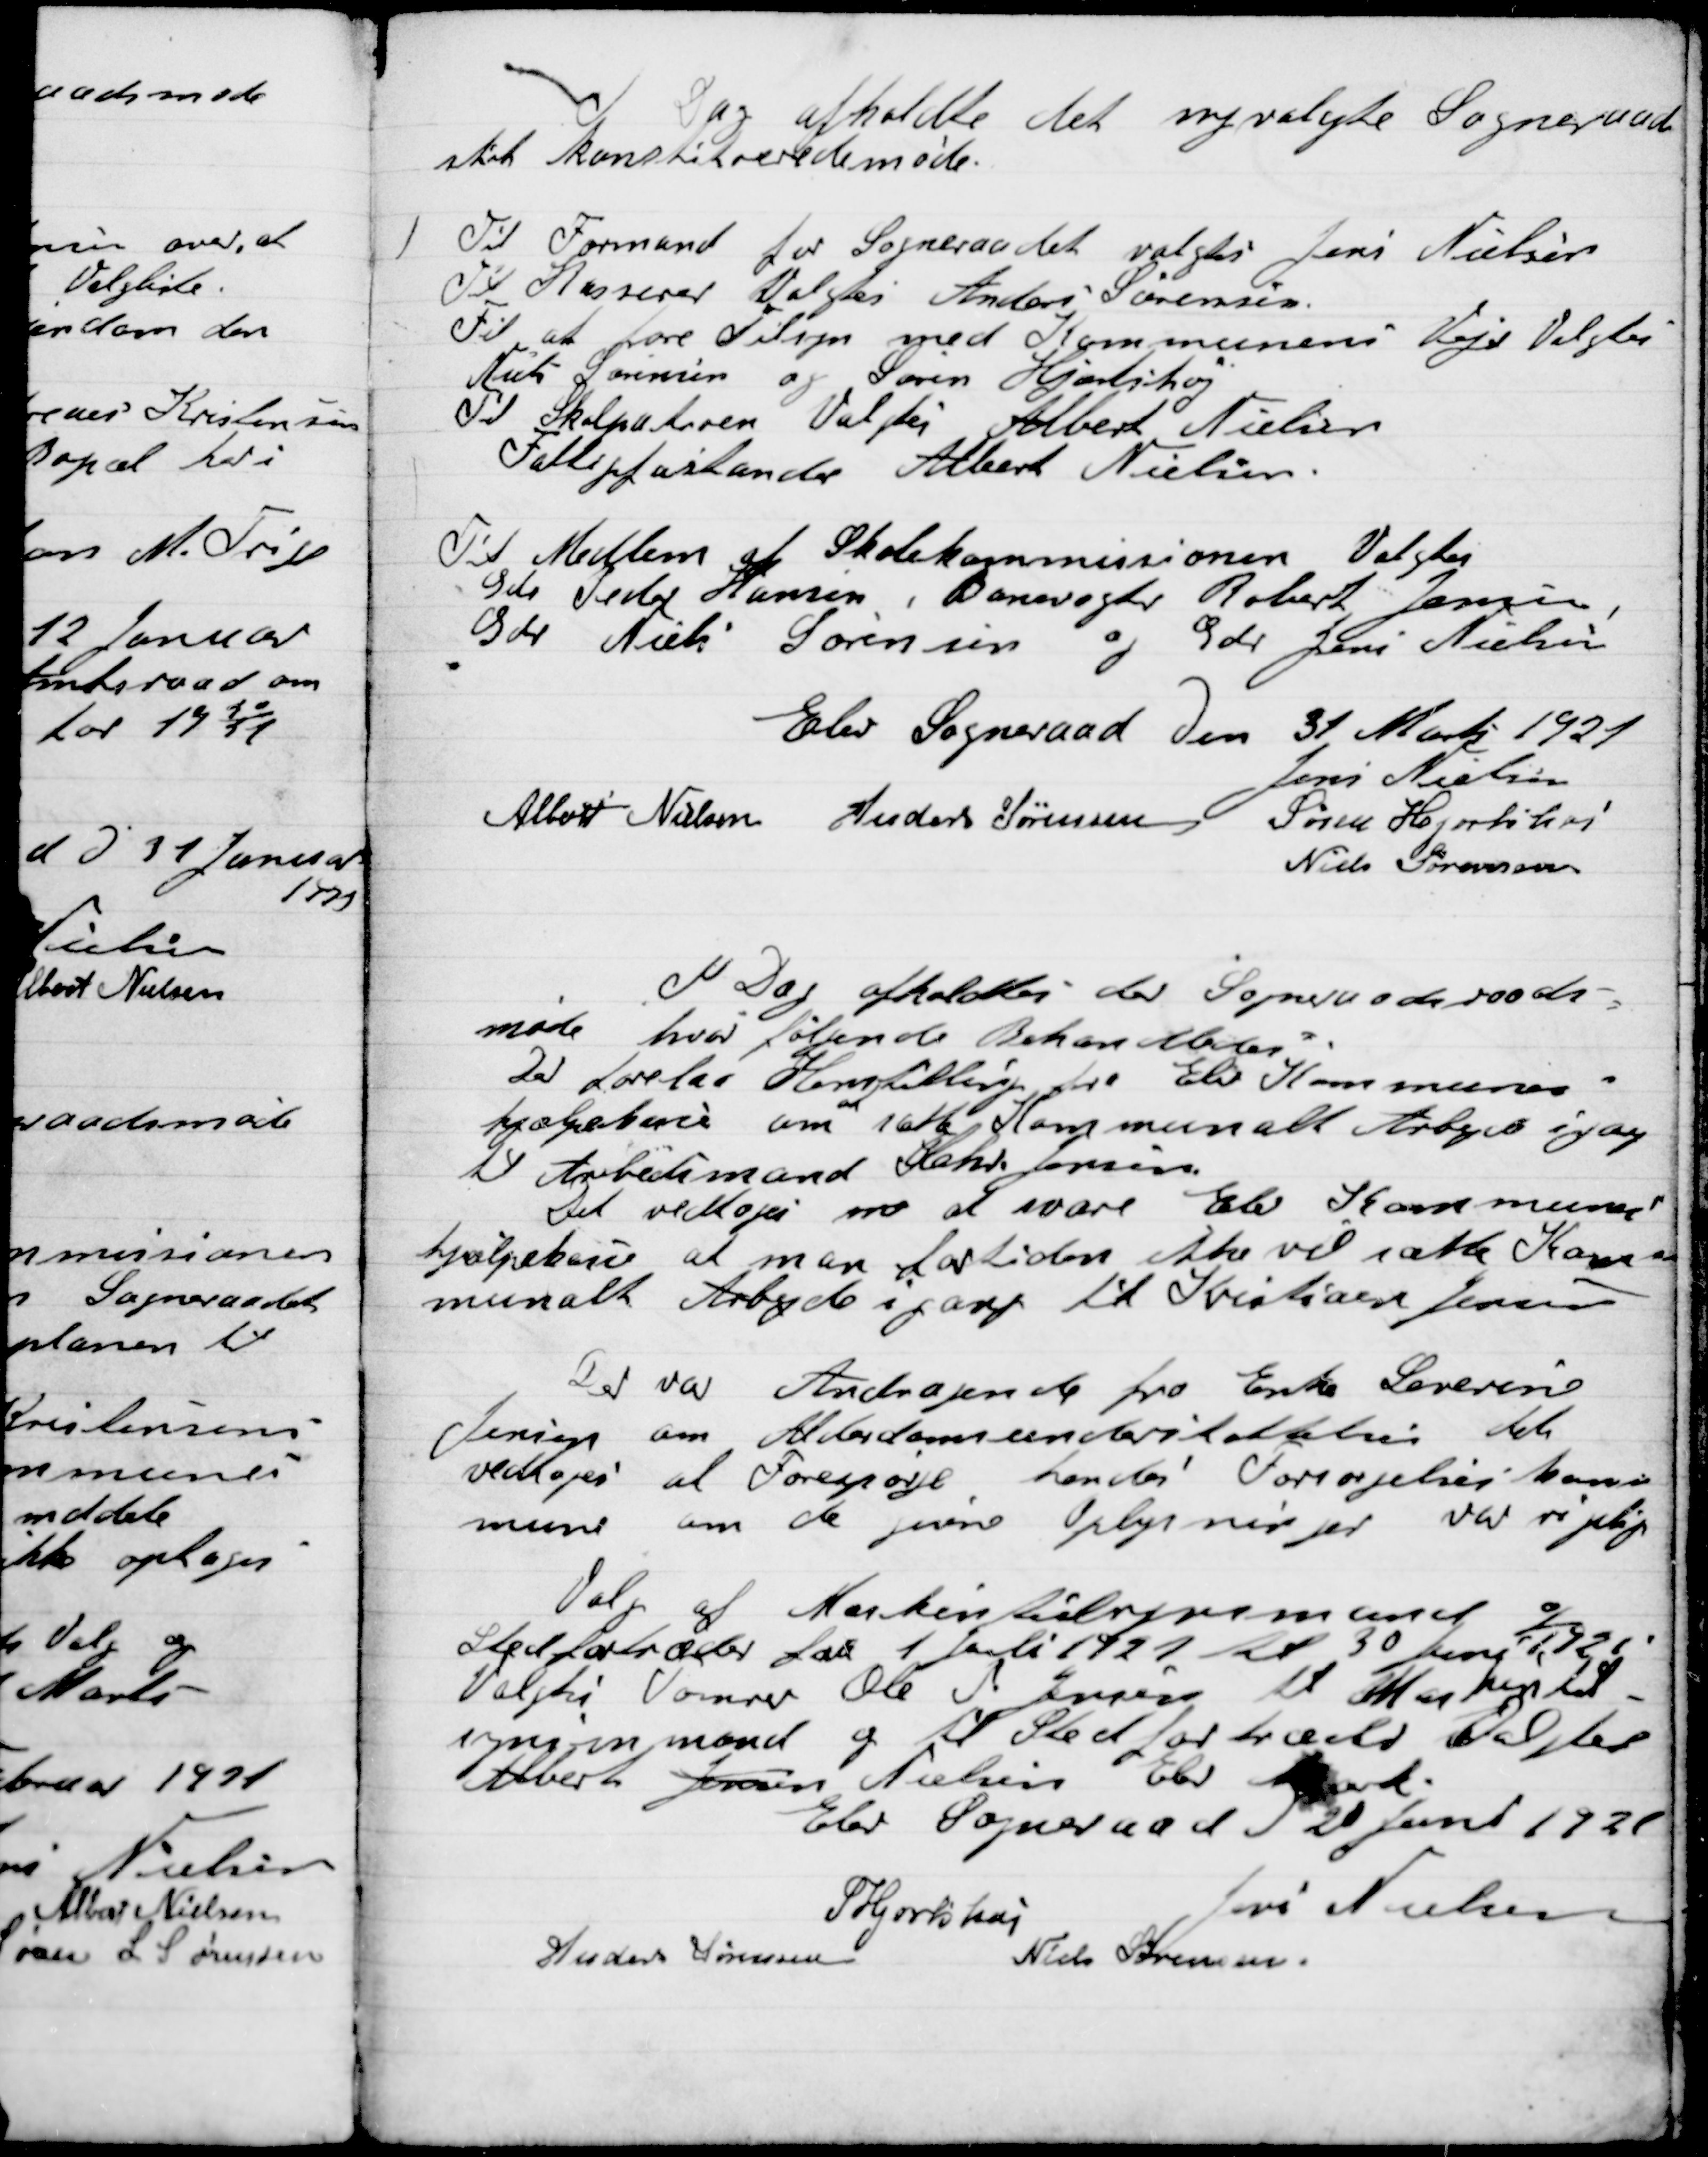
Transskription:
I Dag afholdt det nyvalgte Sogneraad
straks konstituerede møde.

Til Formand for Sogneraadet valgtes Jens Nielsen
Til Kasserer Valgtes Anders Sørensen
Til at føre Tilsyn med Kommunens Veje Valgtes
Niels Sørensen og Søren Hjortshøj
Til Skolepatroen Valgtes Albert Nielsen
Fattigforstander Albert Nielsen

Til Medlem af Skolekommissionen Valgtes
Gdr. Peder Hansen, Banevogter Robert Jensen
Gdr. Niels Sørensen og Gdr. Jens Nielsen

Elev Sogneraad den 31 Marts 1921

Jens Nielsen
Albert Nielsen
Anders Sørensen
Søren Hjortshøi
Niels Sørensen

I Dag afholdtes der Sogneraadet
møde hvor følgende Behandledes

Der forelaa Henstilling fra Elev Kommunes
hjælpekasse om at sætte Kommunalt Arbejde i gang
til Arbejdsmand Hans Jensen
Det vedtoges m at svare Elev Kommunes
Hjælpekasse at man for tiden ikke vil sætte Kom-
munalt Arbejde i gang til Kristian Jensen

Der var Andragende fra Enke Severine
Jensen om Alderdomsunderstøttelse
Vedtoges at Forespørge hendes Forsørgelseskom-
mune om de givne Oplysninger var rigtige.

Valg af Maskintilsynsmand og
Stedfortræder for 1 Juli 1921 til 30 Juni 1922
Valgtes Verner Ole P. Jensen til Maskintil-
synsmand og til Stedfortræder Valgtes
Albert Jensen Nielsen Elev Mark.

Elev Sogneraad D. 20 Juni 1921

S. Hjortshøi
Jens Nielsen
Anders Sørensen
Niels Sørensen